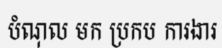
បំណុល មក ប្រកប ការងារ